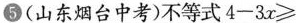
5 (山东烟台中考)不等式$$4 - 3 x \ge